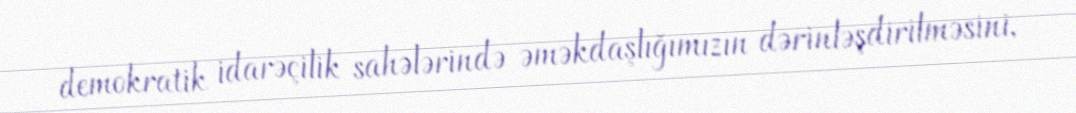
demokratik idarəçilik sahələrində əməkdaşlığımızın dərinləşdirilməsini,